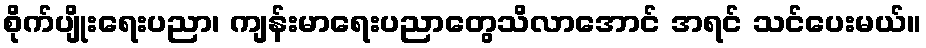
စိုက်ပျိုးရေးပညာ၊ ကျန်းမာရေးပညာတွေသိလာအောင် အရင် သင်ပေးမယ်။